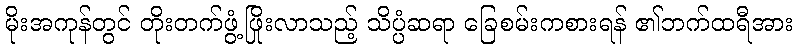
မိုးအကုန်တွင် တိုးတက်ဖွံ့ဖြိုးလာသည့် သိပ္ပံဆရာ ခြေစမ်းကစားရန် ၏ဘက်ထရီအား